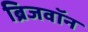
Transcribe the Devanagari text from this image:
ब्रिजवॉन